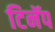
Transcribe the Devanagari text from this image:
टिनॅप